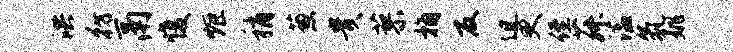
洪彷鬲愎炬稍葱贵蓼桷反迫更侄菽溘氛姚